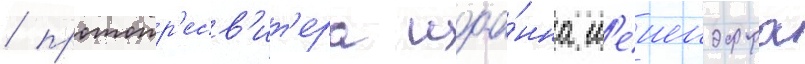
/ протопр'есв'ит'ера иоа́нна м'еиендорфа